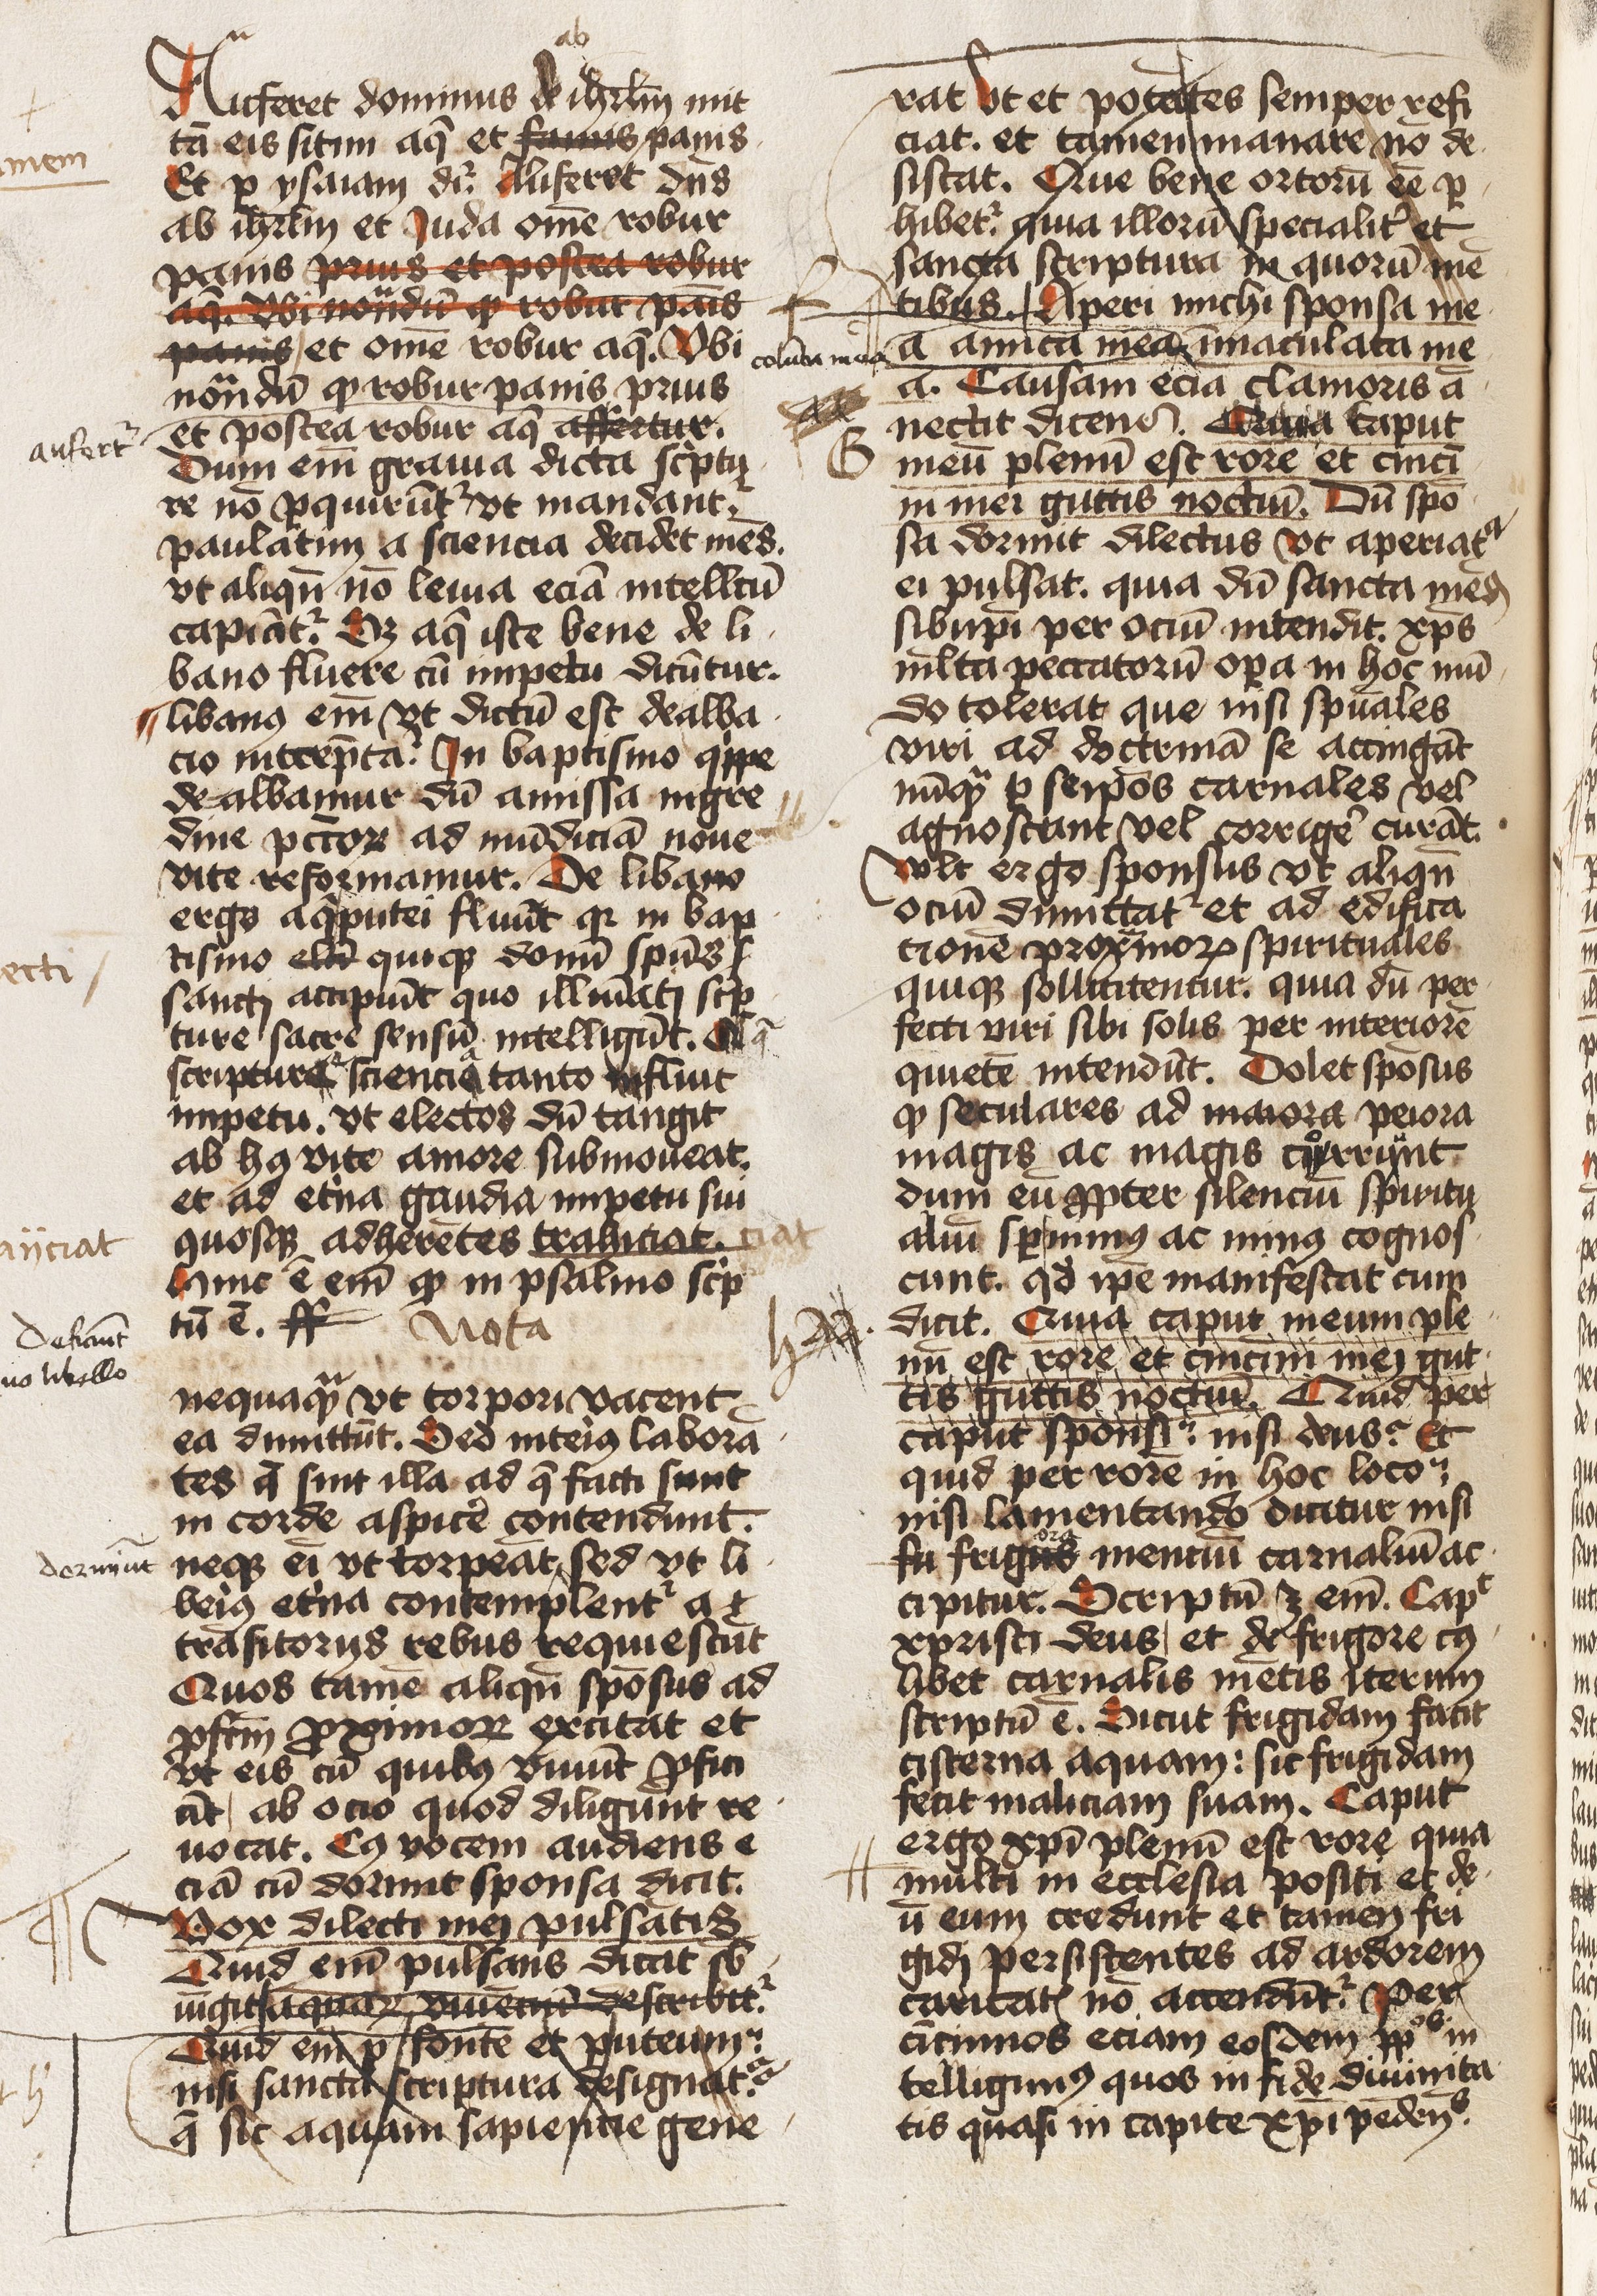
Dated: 1425–1474